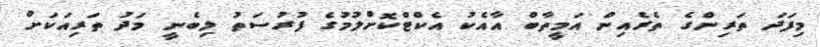
މިފަދަ ތަރިންގެ ތެރެއިން އަމީތާބް އާއެކު އެކްޓްކޮށްލުމުގެ ފުރުސަތު ލިބެނީ މަދު ތަރިއަކަށް